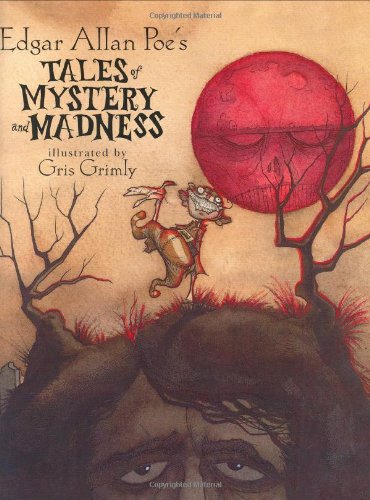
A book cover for Edgar Allan Poe's Tales of Mystery and Madness; Edgar Allan Poe; Children's Books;